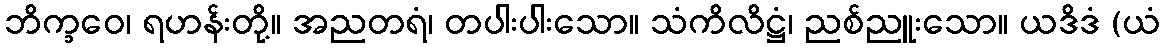
ဘိက္ခဝေ၊ ရဟန်းတို့။ အညတရံ၊ တပါးပါးသော။ သံကိလိဋ္ဌံ၊ ညစ်ညူးသော။ ယဒိဒံ (ယံ